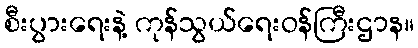
စီးပွားရေးနဲ့ ကုန်သွယ်ရေးဝန်ကြီးဌာန။